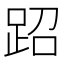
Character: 𬦪